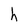
Character: h